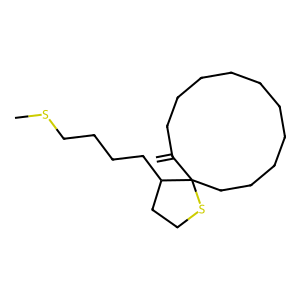
SMILES: C=C1CCCCCCCCCCC12SCCC2CCCCSC
Inhibits HIV replication: No